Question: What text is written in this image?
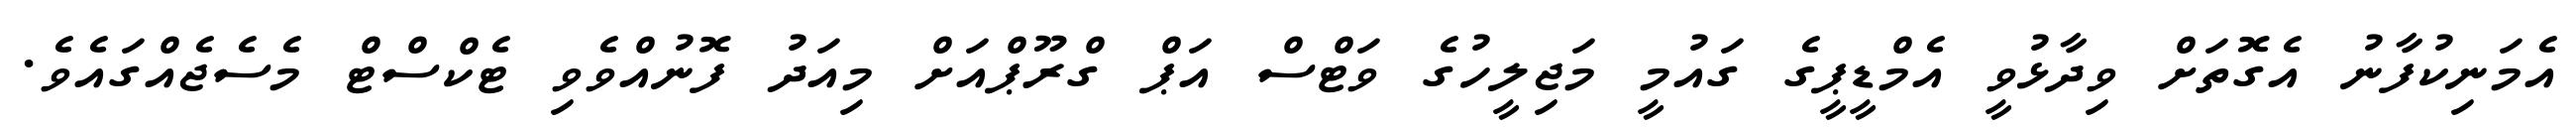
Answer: އެމަނިކުފާނު އެގޮތަށް ވިދާޅުވީ އެމްޑީޕީގެ ގައުމީ މަޖިލީހުގެ ވަޓްސް އަޕް ގްރޫޕްއަށް މިއަދު ފޮނުއްވެވި ޓެކްސްޓް މެސެޖެއްގައެވެ.